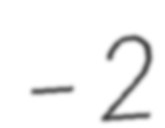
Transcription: – 2